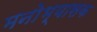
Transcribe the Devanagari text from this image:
मनोभ्यासक